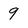
Character: 9